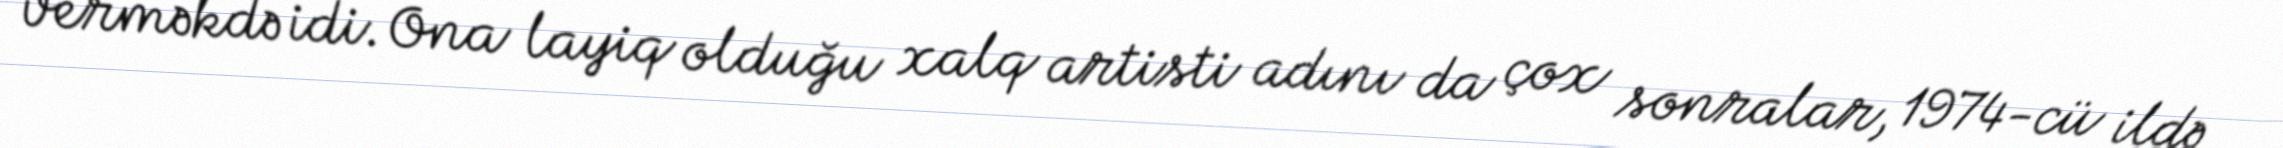
verməkdə idi. Ona layiq olduğu xalq artisti adını da çox sonralar, 1974-cü ildə